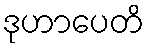
ဒုဟာပေတိ